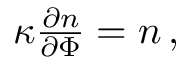
\begin{array} { r } { \kappa \frac { \partial n } { \partial \Phi } = n \, , } \end{array}